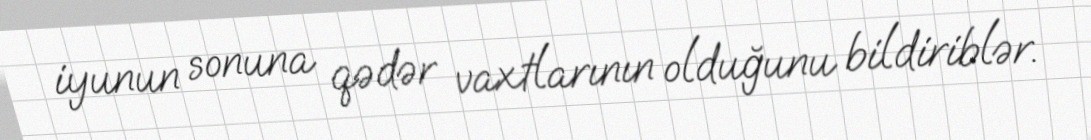
iyunun sonuna qədər vaxtlarının olduğunu bildiriblər.